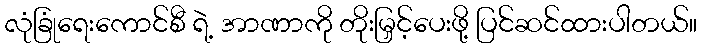
လုံခြုံရေးကောင်စီ ရဲ့ အာဏာကို တိုးမြှင့်ပေးဖို့ ပြင်ဆင်ထားပါတယ်။